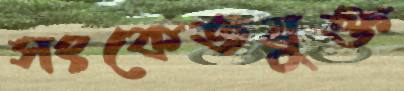
সংকেতযুক্ত